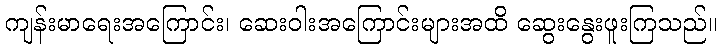
ကျန်းမာရေးအကြောင်း၊ ဆေးဝါးအကြောင်းများအထိ ဆွေးနွေးဖူးကြသည်။